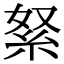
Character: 䋈